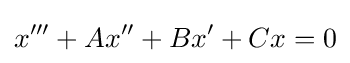
x'''+Ax''+Bx'+Cx=0